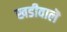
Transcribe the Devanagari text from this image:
खडीवालॆ